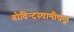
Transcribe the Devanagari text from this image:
गोविन्दस्वामीकृत